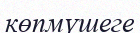
көпмүшеге